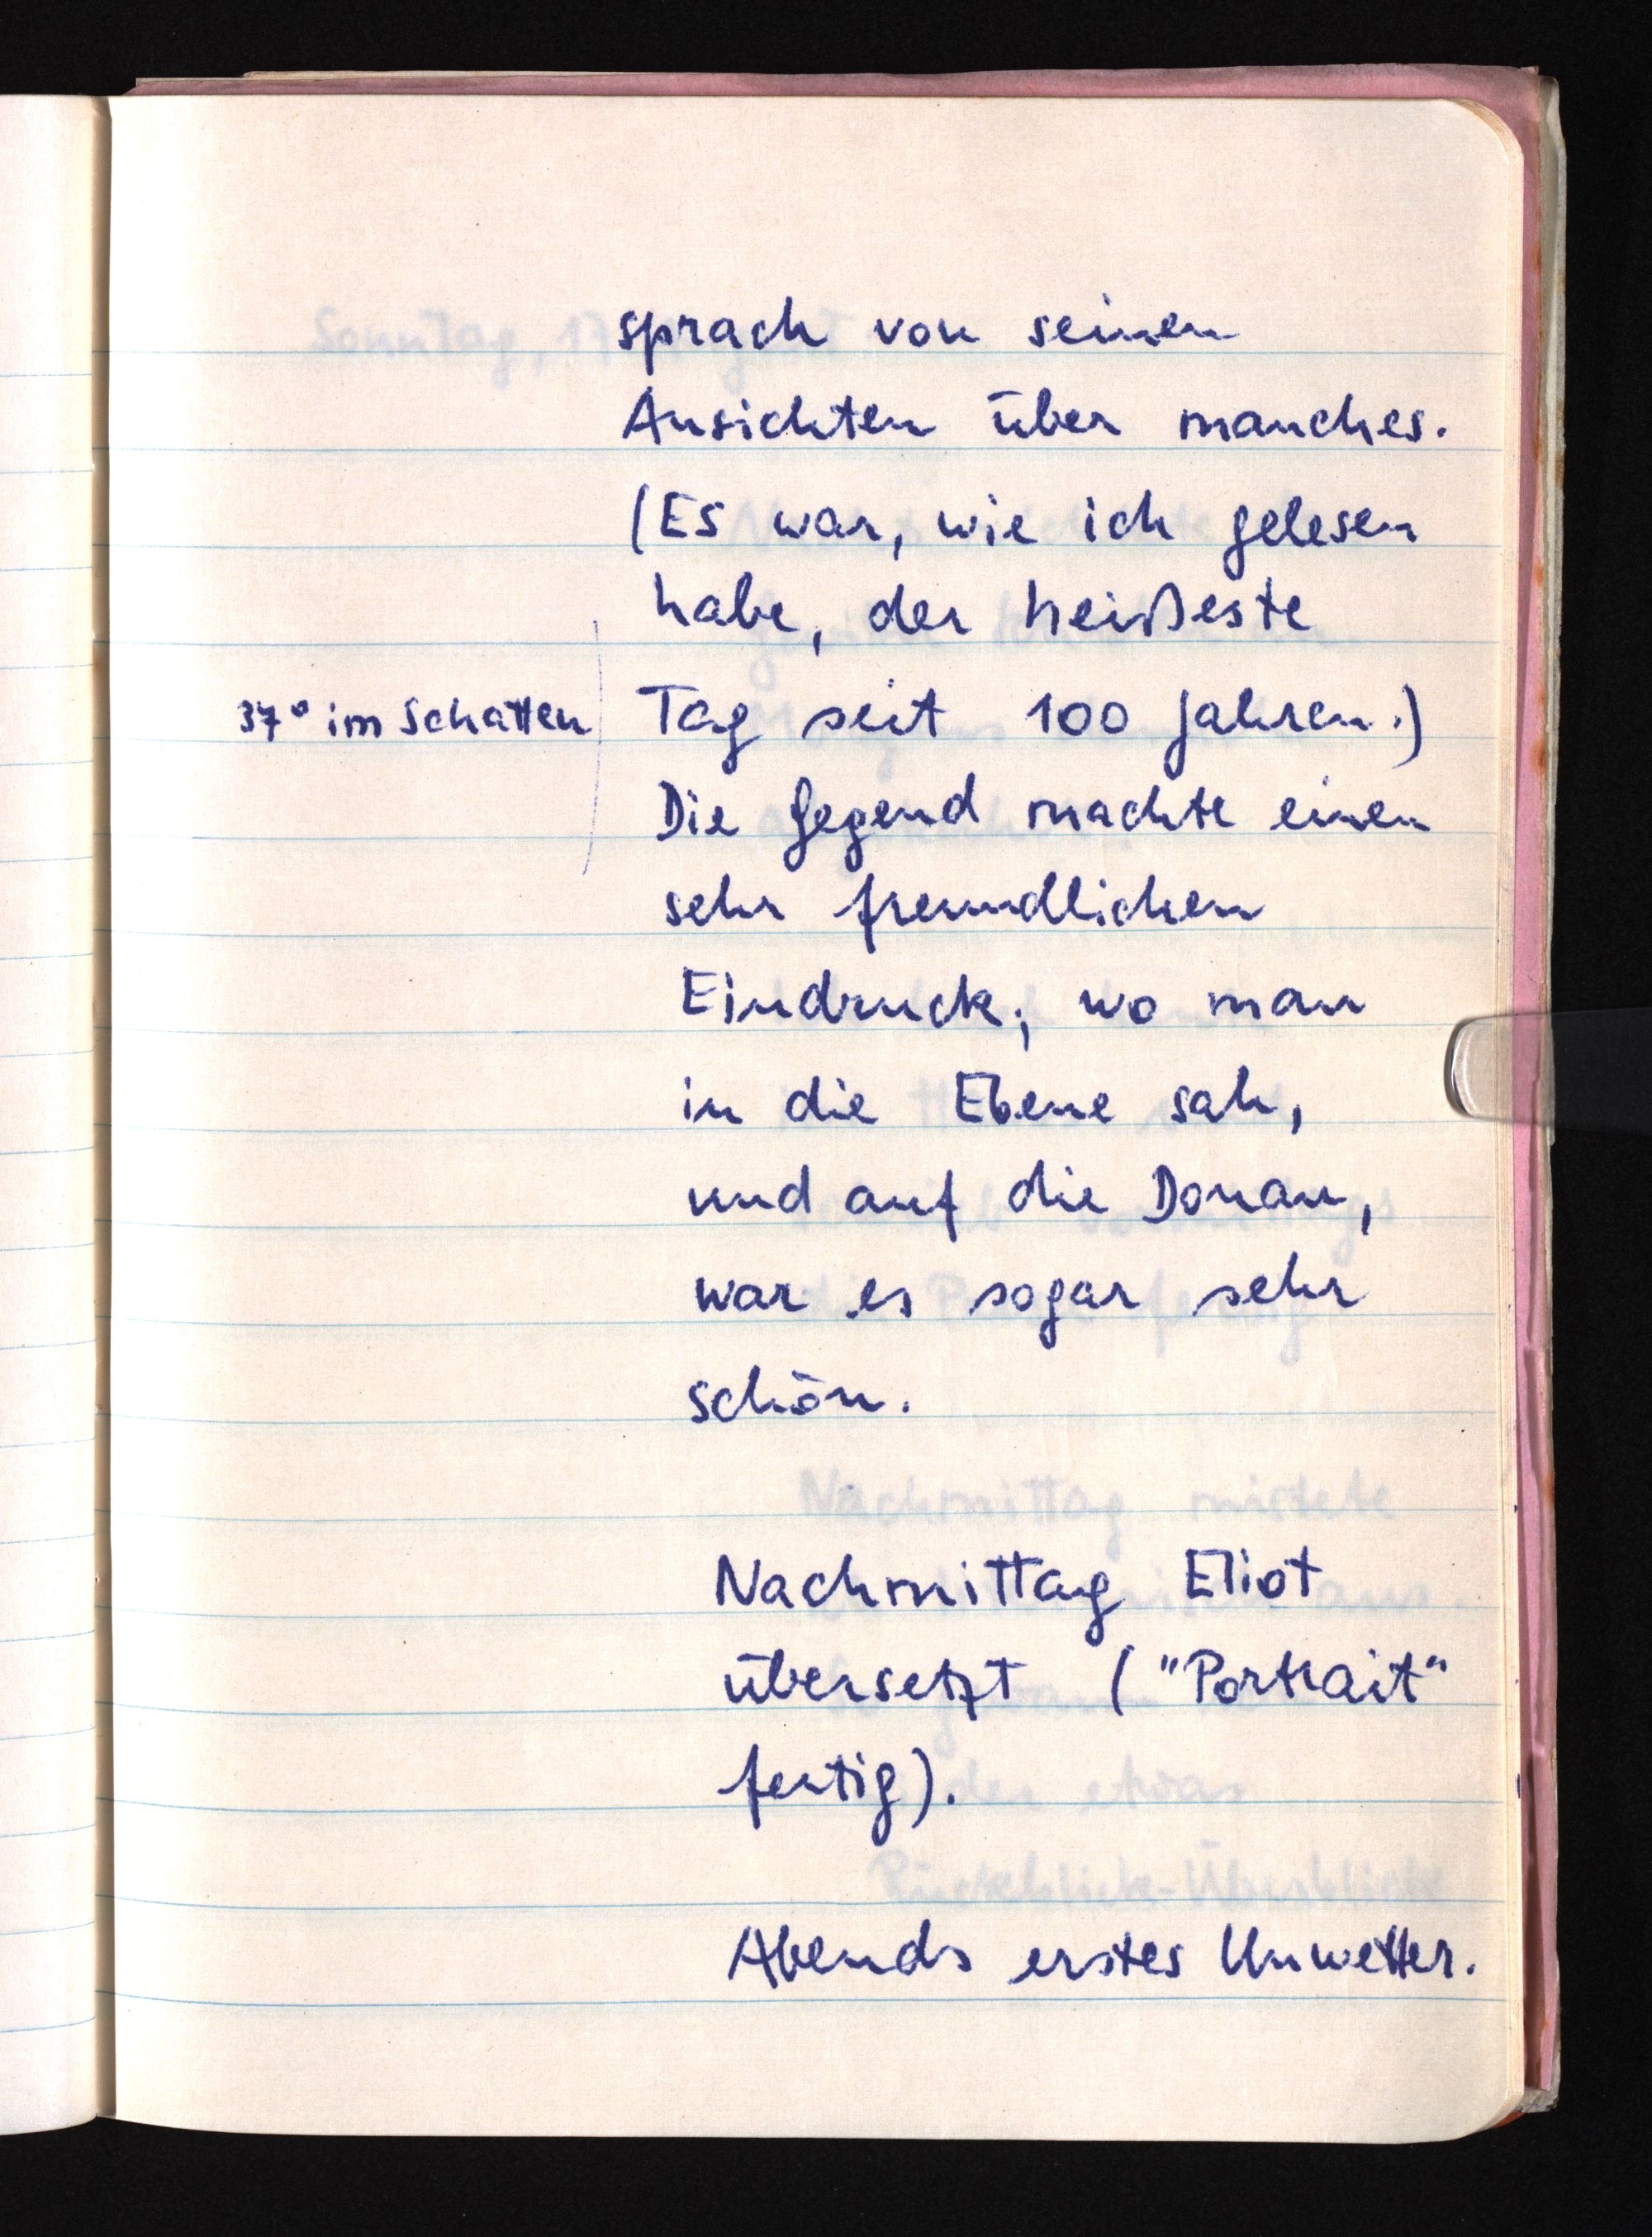
sprach von seinen
Ansichten über manches.
(Es war, wie ich gelesen
habe, der heißeste
37° im Schatten Tag seit 100 Jahren.)
Die Gegend machte einen
sehr freundlichen
Eindruck; wo man
in die Ebene sah,
und auf die Donau,
war es sogar sehr
schön.
Nachmittag Eliot
übersetzt ("Portrait"
fertig).
Abends erstes Unwetter.